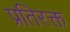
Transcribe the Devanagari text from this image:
प्रतिरक्त